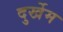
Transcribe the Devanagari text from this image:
दुर्खेम